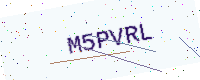
Text: M5PVRL